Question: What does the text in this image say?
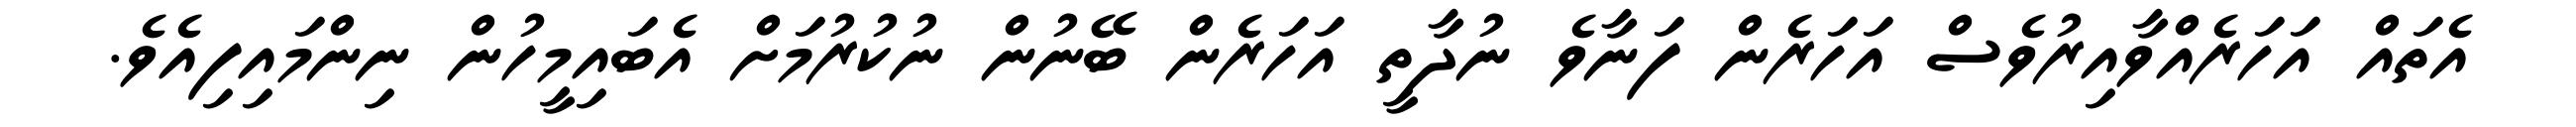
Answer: އެތައް އަހަރެއްވާއިރުވެސް އަހަރެން ފަނާވެ ނުދާތީ އަހަރެން ބޭނުން ނުކުރުމަށް އެބައިމީހުން ނިންމައިފިއެވެ.